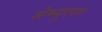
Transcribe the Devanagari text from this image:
सेम्युएल